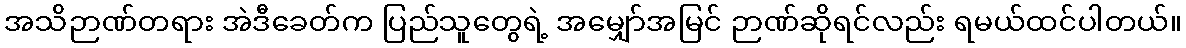
အသိဉာဏ်တရား အဲဒီခေတ်က ပြည်သူတွေရဲ့ အမျှော်အမြင် ဉာဏ်ဆိုရင်လည်း ရမယ်ထင်ပါတယ်။